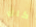
كان